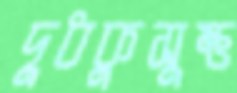
দুধকুসুম্ভ